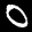
Label: 0